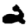
Digit: 2